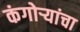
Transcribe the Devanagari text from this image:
कंगोर्‍यांचा